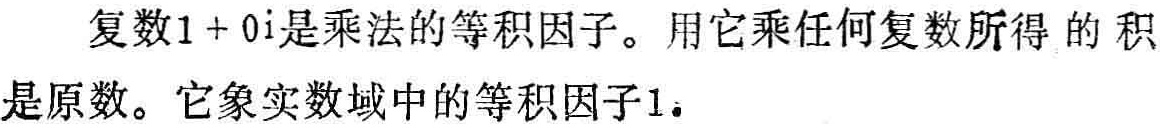
复数\(1 + 0\mathrm{i}\)是乘法的等积因子。用它乘任何复数所得 的积是原数。它象实数域中的等积因子\(1\)。